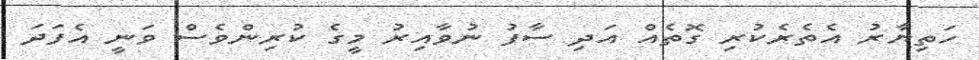
ހަތިޔާރު އެތެރެކުރި ގޮތެއް އަދި ސާފު ނުވާއިރު މީގެ ކުރިންވެސް ވަނީ އެފަދަ